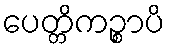
ပေတ္တိကဉ္စာပိ